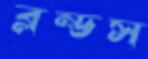
ব্লন্ডস